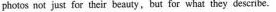
photos not just for their beauty,but for what they describe.